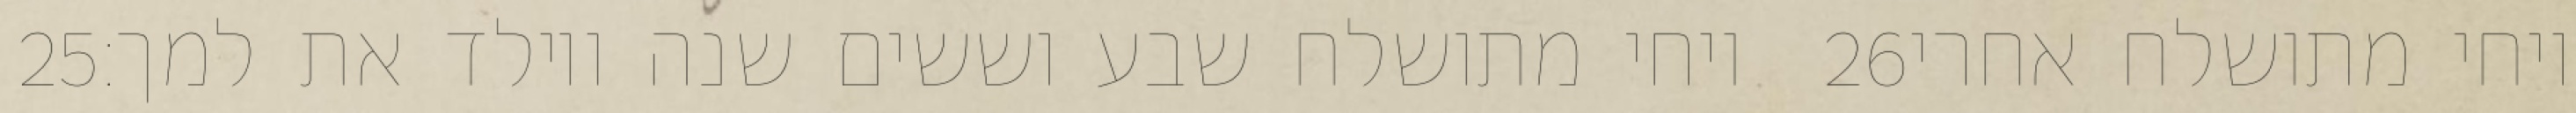
‎25‏ ויחי מתושלח שבע וששים שנה ויולד את למך׃ ‎26‏ ויחי מתושלח אחרי